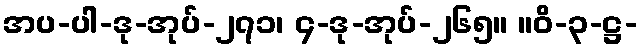
အပ-ပါ-ဒု-အုပ်-၂၇၁၊ ၄-ဒု-အုပ်-၂၆၅။ ။ဝိ-၃-ဋ္ဌ-